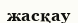
жасқау